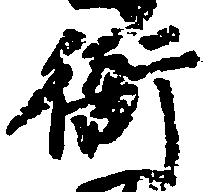
衙